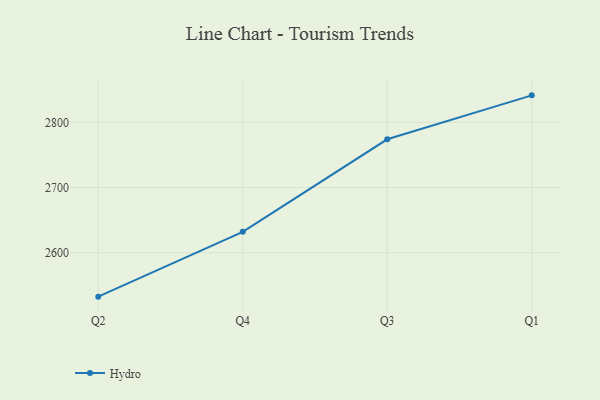
{"axis": {"x": "Quarter", "y": "Waste Production (Tons)"}, "legend": ["Hydro"], "data": [{"x": "Q2", "y": 2532.6, "type": "Hydro"}, {"x": "Q4", "y": 2632.0, "type": "Hydro"}, {"x": "Q3", "y": 2774.0, "type": "Hydro"}, {"x": "Q1", "y": 2841.4, "type": "Hydro"}]}